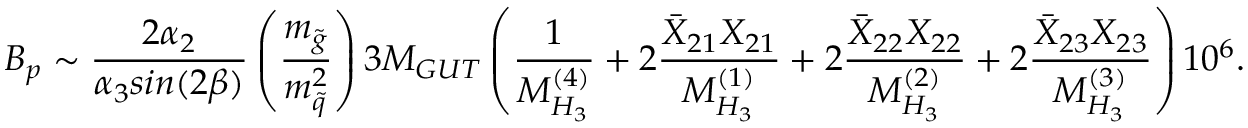
B _ { p } \sim \frac { 2 \alpha _ { 2 } } { \alpha _ { 3 } s i n ( 2 \beta ) } \left( \frac { m _ { \tilde { g } } } { m _ { \tilde { q } } ^ { 2 } } \right) 3 M _ { G U T } \left( \frac { 1 } { M _ { H _ { 3 } } ^ { ( 4 ) } } + 2 \frac { { \bar { X } } _ { 2 1 } X _ { 2 1 } } { M _ { H _ { 3 } } ^ { ( 1 ) } } + 2 \frac { { \bar { X } } _ { 2 2 } X _ { 2 2 } } { M _ { H _ { 3 } } ^ { ( 2 ) } } + 2 \frac { { \bar { X } } _ { 2 3 } X _ { 2 3 } } { M _ { H _ { 3 } } ^ { ( 3 ) } } \right) 1 0 ^ { 6 } .